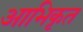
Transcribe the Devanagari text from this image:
आभिकृत